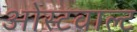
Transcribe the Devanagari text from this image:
ओस्टवाल्ट